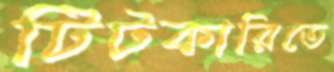
টিটকারিতে